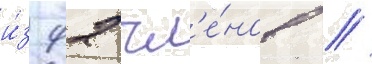
и́з 92 чл'е́нов //